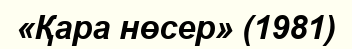
«Қара нөсер» (1981)